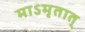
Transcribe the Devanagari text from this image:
माऽमृतात्‌